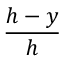
\frac { h - y } { h }